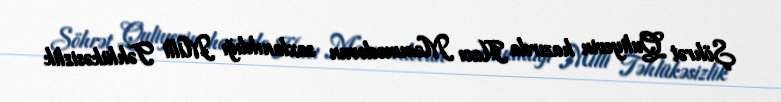
Şöhrət Quliyevin hazırda Hacı Məmmədovun saxlanıldığı Milli Təhlükəsizlik